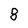
Character: 8